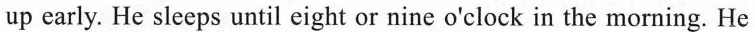
up carly. He sleeps until eight or nine o'clock in the morning. He